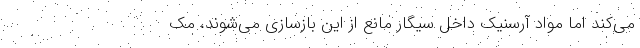
می‌کند اما مواد آرسنیک داخل سیگار مانع از این بازسازی می‌شوند، مک